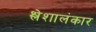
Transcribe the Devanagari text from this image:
श्लेशालंकार